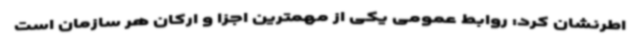
اطرنشان کرد: روابط عمومی یکی از مهمترین اجزا و ارکان هر سازمان است